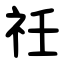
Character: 祍